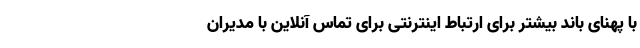
با پهنای باند بیشتر برای ارتباط اینترنتی برای تماس آنلاین با مدیران